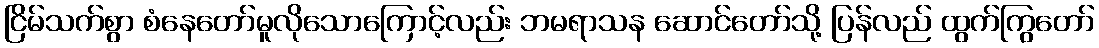
ငြိမ်သက်စွာ စံနေတော်မူလိုသောကြောင့်လည်း ဘမရာသန ဆောင်တော်သို့ ပြန်လည် ထွက်ကြွတော်